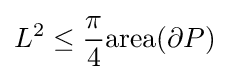
L^{2}\leq {\frac {\pi }{4}}\mathrm {area} (\partial P)